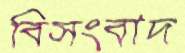
বিসংবাদ